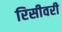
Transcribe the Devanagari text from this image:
रिसीवरी